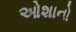
ઓશાનો